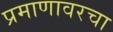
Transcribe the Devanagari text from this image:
प्रमाणावरचा